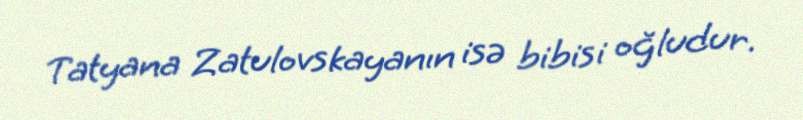
Tatyana Zatulovskayanın isə bibisi oğludur.